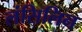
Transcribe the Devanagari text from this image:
लंसिलिन